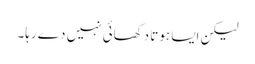
لیکن ایسا ہوتا دکھائی نہیں دے رہا۔